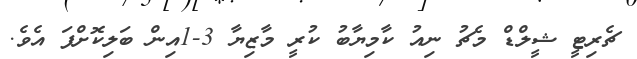
ޗެރިޓީ ޝީލްޑް މެޗު ނިއު ކާމިޔާބު ކުރީ މާޒިޔާ 3-1އިން ބަލިކޮށްފަ އެވެ.